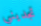
تجديني